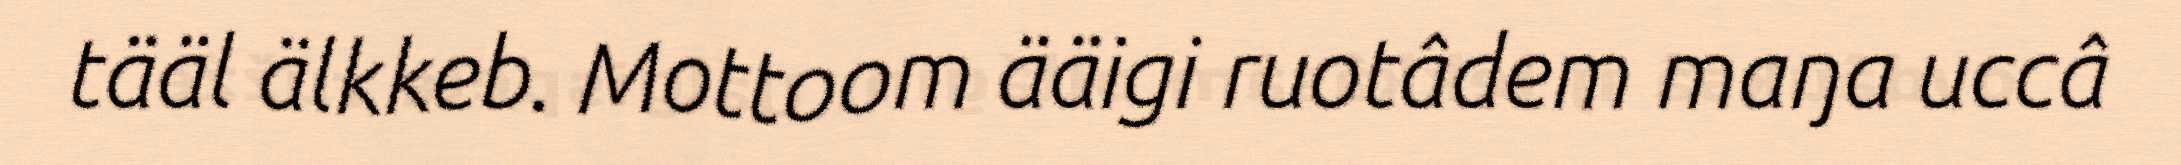
tääl älkkeb. Mottoom ääigi ruotâdem maŋa uccâ